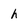
Character: h